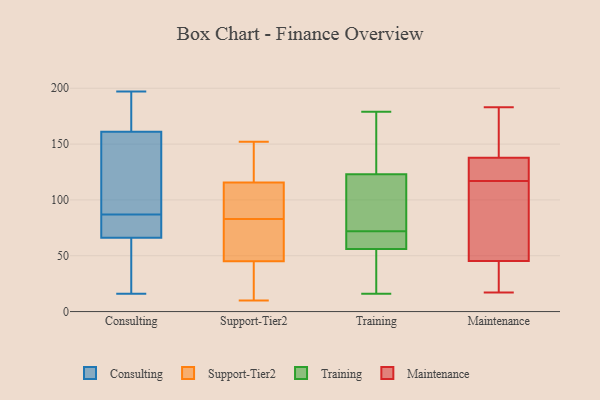
{"axis": {"x": "Conversion Rate (%)", "y": "Value"}, "legend": ["Consulting", "Maintenance", "Support-Tier2", "Training"], "data": [{"x": "", "y": 90, "type": "Consulting"}, {"x": "", "y": 161, "type": "Consulting"}, {"x": "", "y": 185, "type": "Consulting"}, {"x": "", "y": 197, "type": "Consulting"}, {"x": "", "y": 26, "type": "Consulting"}, {"x": "", "y": 80, "type": "Consulting"}, {"x": "", "y": 16, "type": "Consulting"}, {"x": "", "y": 104, "type": "Consulting"}, {"x": "", "y": 66, "type": "Consulting"}, {"x": "", "y": 84, "type": "Consulting"}, {"x": "", "y": 98, "type": "Support-Tier2"}, {"x": "", "y": 18, "type": "Support-Tier2"}, {"x": "", "y": 83, "type": "Support-Tier2"}, {"x": "", "y": 152, "type": "Support-Tier2"}, {"x": "", "y": 137, "type": "Support-Tier2"}, {"x": "", "y": 74, "type": "Support-Tier2"}, {"x": "", "y": 83, "type": "Support-Tier2"}, {"x": "", "y": 79, "type": "Support-Tier2"}, {"x": "", "y": 123, "type": "Support-Tier2"}, {"x": "", "y": 46, "type": "Support-Tier2"}, {"x": "", "y": 106, "type": "Support-Tier2"}, {"x": "", "y": 32, "type": "Support-Tier2"}, {"x": "", "y": 10, "type": "Support-Tier2"}, {"x": "", "y": 127, "type": "Support-Tier2"}, {"x": "", "y": 108, "type": "Support-Tier2"}, {"x": "", "y": 44, "type": "Support-Tier2"}, {"x": "", "y": 16, "type": "Training"}, {"x": "", "y": 80, "type": "Training"}, {"x": "", "y": 44, "type": "Training"}, {"x": "", "y": 155, "type": "Training"}, {"x": "", "y": 179, "type": "Training"}, {"x": "", "y": 109, "type": "Training"}, {"x": "", "y": 64, "type": "Training"}, {"x": "", "y": 123, "type": "Training"}, {"x": "", "y": 56, "type": "Training"}, {"x": "", "y": 62, "type": "Training"}, {"x": "", "y": 51, "type": "Maintenance"}, {"x": "", "y": 134, "type": "Maintenance"}, {"x": "", "y": 135, "type": "Maintenance"}, {"x": "", "y": 48, "type": "Maintenance"}, {"x": "", "y": 37, "type": "Maintenance"}, {"x": "", "y": 161, "type": "Maintenance"}, {"x": "", "y": 17, "type": "Maintenance"}, {"x": "", "y": 26, "type": "Maintenance"}, {"x": "", "y": 117, "type": "Maintenance"}, {"x": "", "y": 146, "type": "Maintenance"}, {"x": "", "y": 183, "type": "Maintenance"}, {"x": "", "y": 89, "type": "Maintenance"}, {"x": "", "y": 120, "type": "Maintenance"}]}